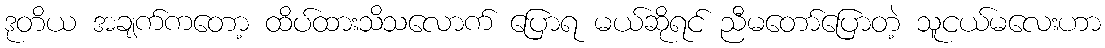
ဒုတိယ အချက်ကတော့ ထိပ်ထားသိသလောက် ပြောရ မယ်ဆိုရင် ညီမတော်ပြောတဲ့ သူငယ်မလေးဟာ